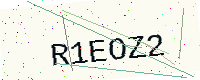
Text: R1EOZ2